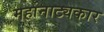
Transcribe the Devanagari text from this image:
महानाट्यकार